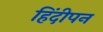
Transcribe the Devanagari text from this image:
हिंदीपन